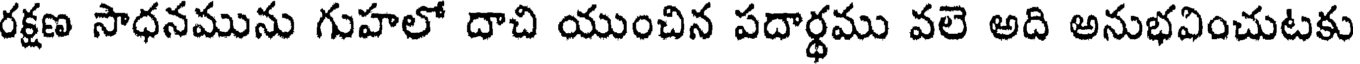
రక్షణ సాధనమును గుహలో దాచి యుంచిన పదార్థము వలె అది అనుభవించుటకు